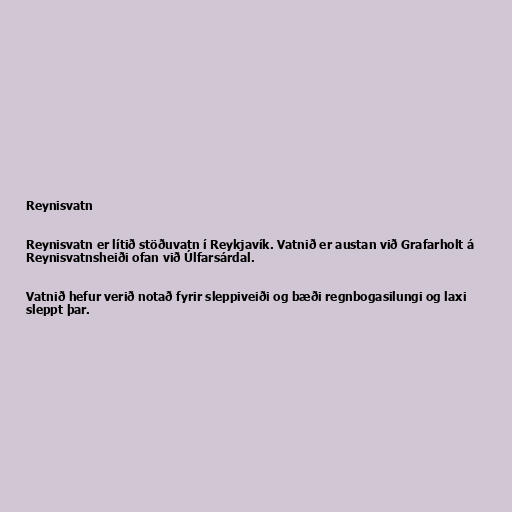
Reynisvatn

Reynisvatn er lítið stöðuvatn í Reykjavík. Vatnið er austan við Grafarholt á
Reynisvatnsheiði ofan við Úlfarsárdal.

Vatnið hefur verið notað fyrir sleppiveiði og bæði regnbogasilungi og laxi
sleppt þar.